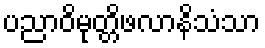
ပညာဝိမုတ္တိဖလာနိသံသာ